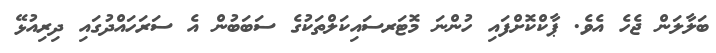
ބަލާލަން ޖެހެ އެވެ. ޕާކްކޮށްފައި ހުންނަ މޮޓަރސައިކަލްތަކުގެ ސަބަބުން އެ ސަރަހައްދުގައި ދިރިއުޅޭ